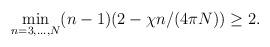
LaTeX: \begin{align*}\min_{n=3,\dots,N} (n-1)(2-\chi n/(4\pi N)) \geq 2.\end{align*}